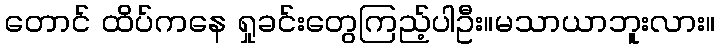
တောင် ထိပ်ကနေ ရှုခင်းတွေကြည့်ပါဦး။မသာယာဘူးလား။